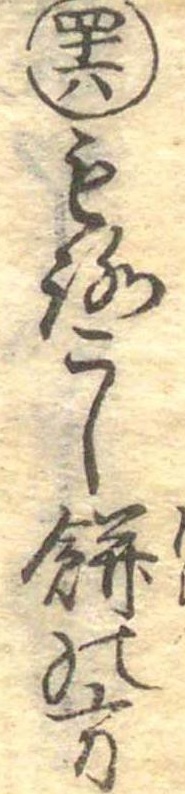
四十六もろこし餅の方